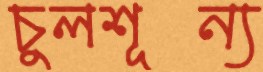
চুলশূন্য